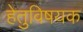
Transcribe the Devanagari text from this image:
हेतुविषयक